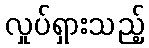
လှုပ်ရှားသည့်